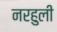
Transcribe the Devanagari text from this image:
नरहुली